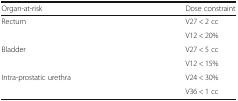
<table><thead><tr><td><b>Organ-at-risk</b></td><td><b>Dose constraint</b></td></tr></thead><tbody><tr><td rowspan="2">Rectum</td><td>V27 &lt; 2 cc</td></tr><tr><td>V12 &lt; 20%</td></tr><tr><td rowspan="2">Bladder</td><td>V27 &lt; 5 cc</td></tr><tr><td>V12 &lt; 15%</td></tr><tr><td rowspan="2">Intra-prostatic urethra</td><td>V24 &lt; 30%</td></tr><tr><td>V36 &lt; 1 cc</td></tr></tbody></table>